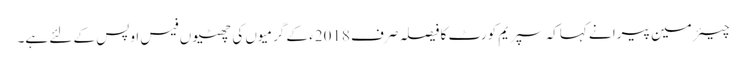
چیئر مین پیرا نے کہاکہ سپریم کورٹ کا فیصلہ صرف 2018ء کے گرمیوں کی چھٹیوں فیس اوپس کے لئے ہے۔